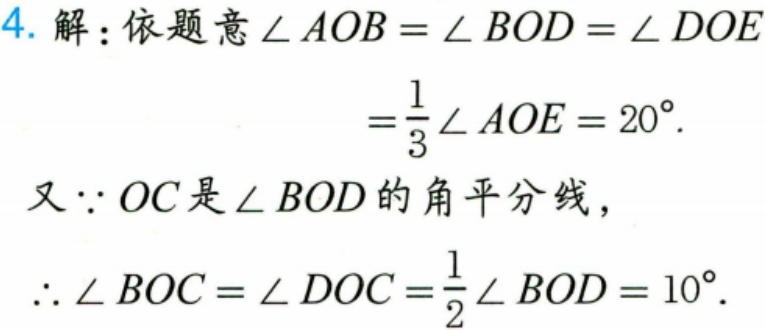
4. 解：依题意$\angle AOB = \angle BOD = \angle DOE$
$=\frac{1}{3}\angle AOE = 20^{\circ}.$
又$\because OC$是$\angle BOD$的角平分线，
$\therefore \angle BOC = \angle DOC=\frac{1}{2}\angle BOD = 10^{\circ}.$